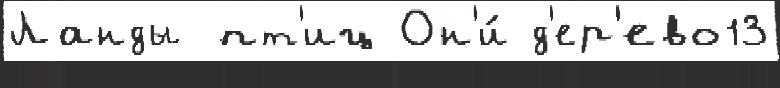
Ланды пт'иц Он'и́ д'ер'ево13